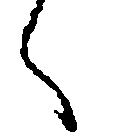
へ